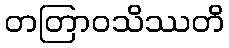
တတြာဝသိဿတိ